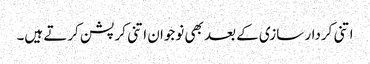
اتنی کردار سازی کے بعد بھی نوجوان اتنی کرپشن کرتے ہیں۔